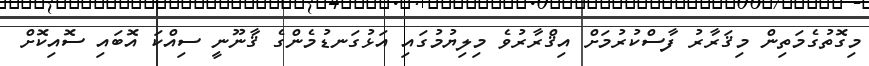
މިގޮތުގެމަތިން މިޤަރާރު ފާސްކުރުމަށް އިޤްރާރުވެ މިލިޔުމުގައި އަޅުގަނޑުމެންގެ ޤާނޫނީ ސިއްކަ އޮބައި ސޮއިކޮށް